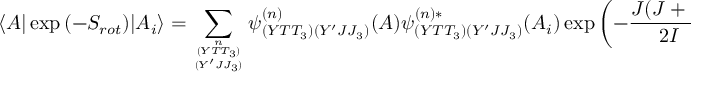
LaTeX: \langle A | \exp { ( - S _ { r o t } ) } | A _ { i } \rangle = \sum _ { { n \atop ( Y T T _ { 3 } ) } \atop ( Y ^ { \prime } J J _ { 3 } ) } \psi _ { ( Y T T _ { 3 } ) ( Y ^ { \prime } J J _ { 3 } ) } ^ { ( n ) } ( A ) \psi _ { ( Y T T _ { 3 } ) ( Y ^ { \prime } J J _ { 3 } ) } ^ { ( n ) * } ( A _ { i } ) \exp { \left( - \frac { J ( J + 1 ) } { 2 I } \mathrm { T } \right) } ,